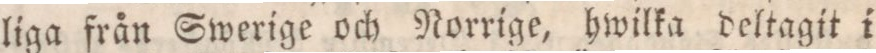
liga från Swerige och Norrige, hwilka deltagit i